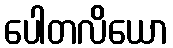
ပေါတလိယော